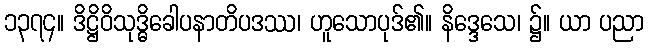
၁၃၇၄။ ဒိဋ္ဌိဝိသုဒ္ဓိခေါပနာတိပဒဿ၊ ဟူသောပုဒ်၏။ နိဒ္ဒေသေ၊ ၌။ ယာ ပညာ